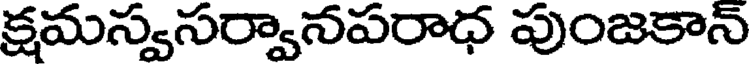
క్షమస్వసర్వానపరాధ పుంజకాన్